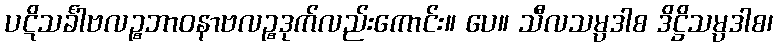
ပဋိသင်္ခါဗလဉ္စဘာဝနာဗလဉ္စဒုက်လည်းကောင်း။ ပေ။ သီလသမ္ပဒါစ ဒိဋ္ဌိသမ္ပဒါစ၊